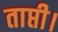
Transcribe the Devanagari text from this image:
ताप्ती।